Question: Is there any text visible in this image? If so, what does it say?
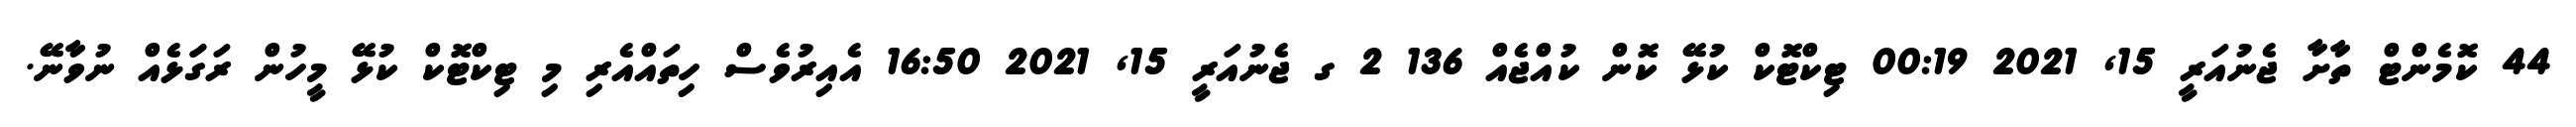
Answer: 44 ކޮމެންޓް ތާށާ ޖެނުއަރީ 15, 2021 00:19 ޓިކްޓޮކް ކުޅޭ ކޮން ކުއްޖެއް 136 2 ގ ޖެނުއަރީ 15, 2021 16:50 އެއިރުވެސް ހިތައްއެރި މި ޓިކްޓޮކް ކުޅޭ މީހުން ރަގަަޅެއް ނުވާނޭ.